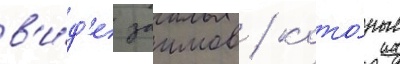
в'и́д'е заимов / кото́рые